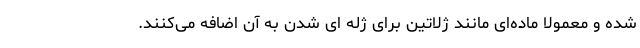
شده و معمولا ماده‌ای مانند ژلاتین برای ژله ای شدن به آن اضافه می‌کنند.